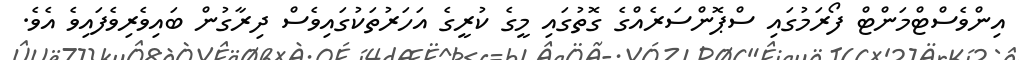
އިންވެސްޓްމަންޓް ފޯރަމުގައި ސްޕޮންސަރެއްގެ ގޮތުގައި މީގެ ކުރީގެ އަހަރުތަކުގައިވެސް ދިރާގުން ބައިވެރިވެފައިވެ އެވެެ.